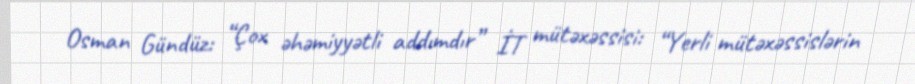
Osman Gündüz: “Çox əhəmiyyətli addımdır” İT mütəxəssisi: “Yerli mütəxəssislərin